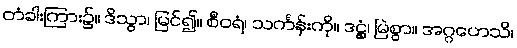
တံခါးကြား၌။ ဒိသွာ၊ မြင်၍။ စီဝရံ၊ သင်္ကန်းကို။ ဒဋ္ဌှံ၊ မြဲစွာ။ အဂ္ဂဟေသိ၊